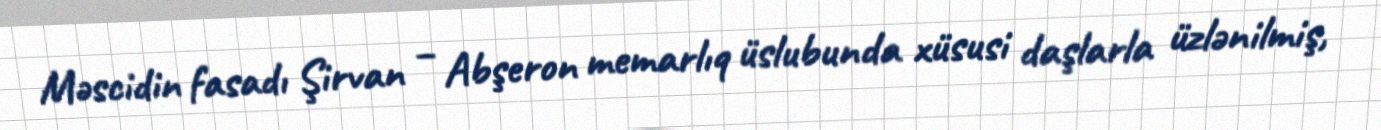
Məscidin fasadı Şirvan – Abşeron memarlıq üslubunda xüsusi daşlarla üzlənilmiş,